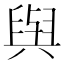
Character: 𫟋